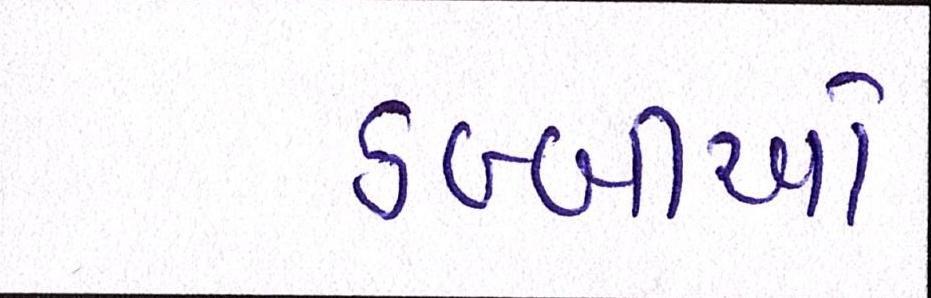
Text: ડબ્બીઓ